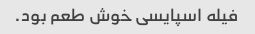
فیله اسپایسی خوش طعم بود.